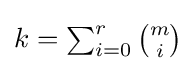
{\textstyle k=\sum _{i=0}^{r}{\binom {m}{i}}}